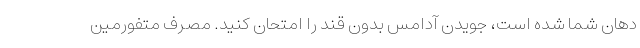
دهان شما شده است، جویدن آدامس بدون قند را امتحان کنید. مصرف متفورمین